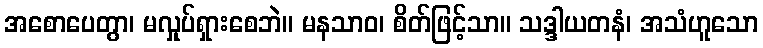
အစောပေတွာ၊ မလှုပ်ရှားစေဘဲ။ မနသာဝ၊ စိတ်ဖြင့်သာ။ သဒ္ဒါယတနံ၊ အသံဟူသော